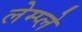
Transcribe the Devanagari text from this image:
लेम्प्ले